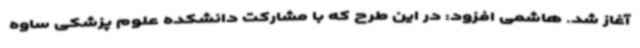
آغاز شد. هاشمی افزود: در این طرح که با مشارکت دانشکده علوم پزشکی ساوه